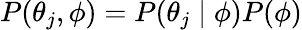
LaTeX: P(\theta_{j},\phi)=P(\theta_{j}\mid\phi)P(\phi)